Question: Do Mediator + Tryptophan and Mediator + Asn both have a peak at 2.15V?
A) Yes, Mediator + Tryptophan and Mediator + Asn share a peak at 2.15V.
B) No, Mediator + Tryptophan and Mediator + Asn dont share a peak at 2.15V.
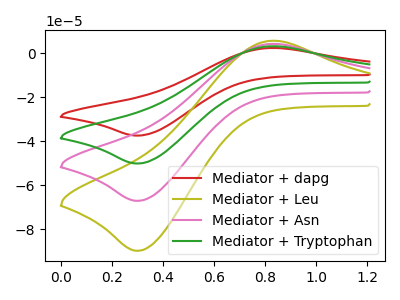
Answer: <think>The red curve "Mediator + dapg" has an anodic peak at (0.85V, 2.35uA) and a cathodic peak at (0.30V, -37.50uA). The olive curve "Mediator + Leu" has an anodic peak at (0.85V, 9.50uA) and a cathodic peak at (0.30V, -150.60uA). The pink curve "Mediator + Asn" has an anodic peak at (0.85V, 6.35uA) and a cathodic peak at (0.30V, -100.40uA). The green curve "Mediator + Tryptophan" has an anodic peak at (0.85V, 3.15uA) and a cathodic peak at (0.30V, -50.20uA).</think>
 <answer>B) No, "Mediator + Tryptophan" and "Mediator + Asn" dont share a peak at 2.15V.</answer>
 <eval>B</eval>